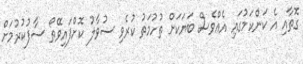
ގޮތާއި އެ ކަންކަމުގައި އެއްވެސް ބަޔަކަށް ތުހުމަތު ކުރެވި ސުވާލު ކޮށްފައިވޭތޯ ސާފުކުރުމަށް